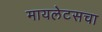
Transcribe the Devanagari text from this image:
मायलेटसचा